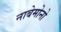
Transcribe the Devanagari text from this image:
नाबेमोनो